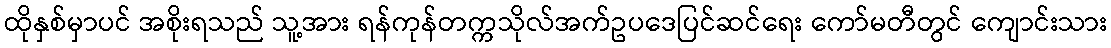
ထိုနှစ်မှာပင် အစိုးရသည် သူ့အား ရန်ကုန်တက္ကသိုလ်အက်ဥပဒေပြင်ဆင်ရေး ကော်မတီတွင် ကျောင်းသား